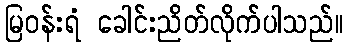
မြဝန်းရံ ခေါင်းညိတ်လိုက်ပါသည်။